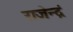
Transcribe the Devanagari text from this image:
राजेन्द्रं